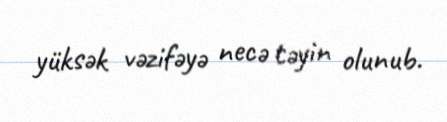
yüksək vəzifəyə necə təyin olunub.